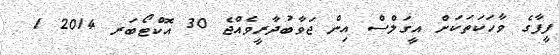
ފީފާގެ ވާހަކަތަކަށް އީގަލްސް އިން ޖަވާބުދާރީވެއްޖެ 30 އޮކްޓޯބަރ 2014 1